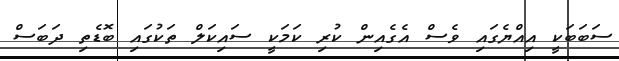
ސަބަބަކީ އިއްޔެގައި ވެސް އެގެއިން ކުރި ކަމަކީ ސައިކަލް ތަކުގައި ބޮޑެތި ދަބަސް